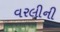
વરલીની